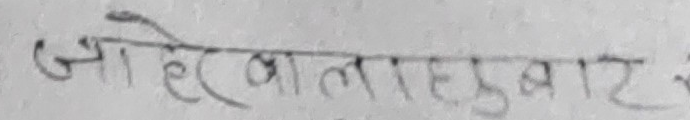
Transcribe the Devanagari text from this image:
जाहिरबातबाट